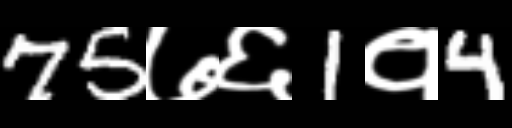
Text: 75७६1१4